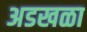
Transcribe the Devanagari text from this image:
अडखळा